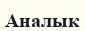
Аналык